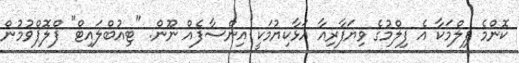
ކޮންމެ ފިލްމަކާ އެ ފިލްމުގެ ވިޔަފާރިއާ އަޅާކިޔުމަކީ އިންސާފެއް ނޫން. "ޓިއުބްލައިޓް" ފްލޮޕްވުމުން